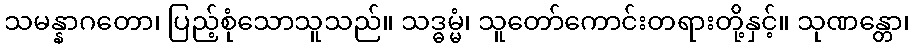
သမန္နာဂတော၊ ပြည့်စုံသောသူသည်။ သဒ္ဓမ္မံ၊ သူတော်ကောင်းတရားတို့နှင့်။ သုဏန္တော၊